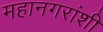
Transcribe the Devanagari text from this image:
महानगरांशी